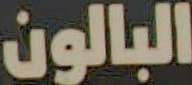
البالون